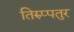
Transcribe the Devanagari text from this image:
तिरुप्पतुर